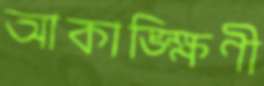
আকাঙ্ক্ষিণী